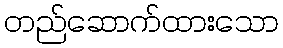
တည်ဆောက်ထားသော